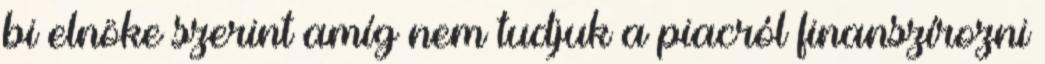
bi elnöke szerint amíg nem tudjuk a piacról finanszírozni